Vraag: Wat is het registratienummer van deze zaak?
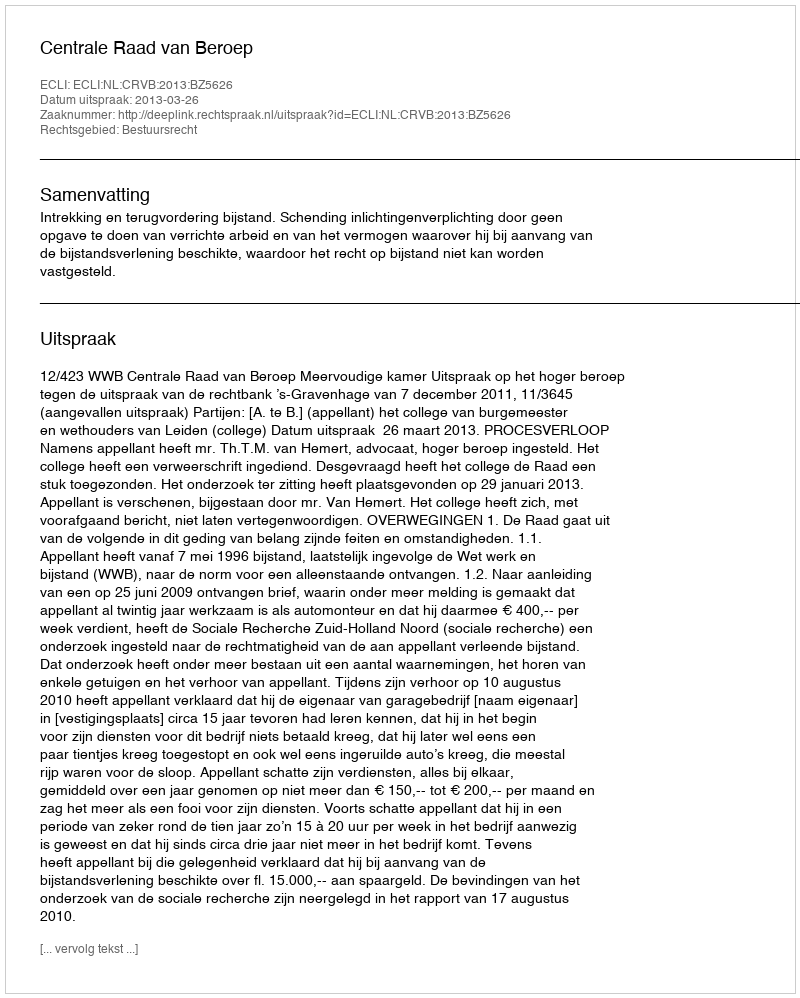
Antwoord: http://deeplink.rechtspraak.nl/uitspraak?id=ECLI:NL:CRVB:2013:BZ5626